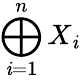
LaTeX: \bigoplus_{\mathit{i}=1}^{n}X_{\mathit{i}}